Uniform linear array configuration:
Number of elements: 64
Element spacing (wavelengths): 1
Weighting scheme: kaiser
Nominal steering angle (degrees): -60
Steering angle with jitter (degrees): -61.181
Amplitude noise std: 0.05
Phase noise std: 0.05

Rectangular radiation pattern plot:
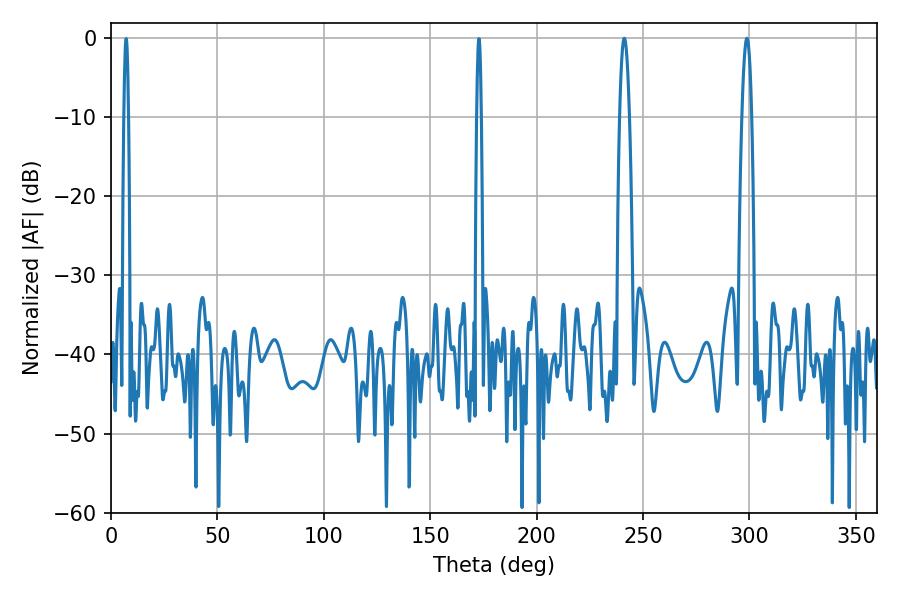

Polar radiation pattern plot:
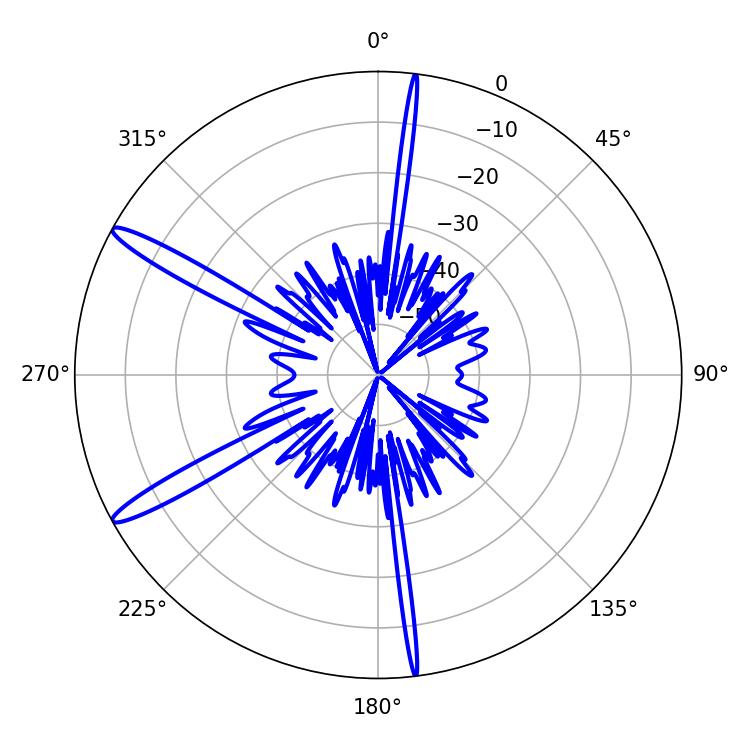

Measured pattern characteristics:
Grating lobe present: TRUE
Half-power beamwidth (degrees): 2.52
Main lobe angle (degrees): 298.8